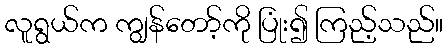
လူရွယ်က ကျွန်တော့်ကို ပြုံး၍ ကြည့်သည်။